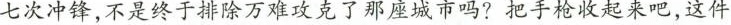
七次冲锋，不是终于排除万难攻克了那座城市吗?把手枪收起来吧，这件